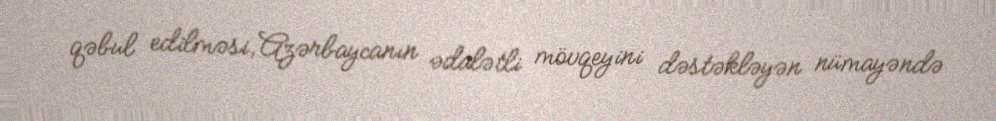
qəbul edilməsi, Azərbaycanın ədalətli mövqeyini dəstəkləyən nümayəndə